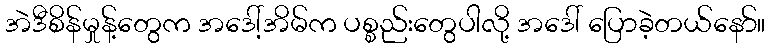
အဲဒီစိန်မှုန့်တွေက အဒေါ့်အိမ်က ပစ္စည်းတွေပါလို့ အဒေါ် ပြောခဲ့တယ်နော်။